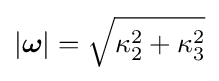
\left|{\boldsymbol {\omega }}\right|={\sqrt {\kappa _{2}^{2}+\kappa _{3}^{2}}}